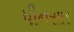
પીનસાડ